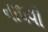
નાથવી